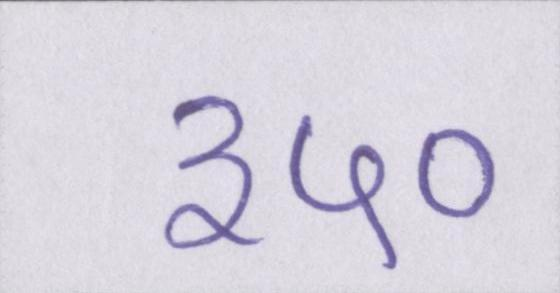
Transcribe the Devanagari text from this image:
३५०